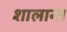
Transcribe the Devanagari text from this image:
शालान्‍त